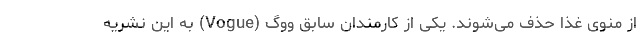
از منوی غذا حذف می‌شوند. یکی از کارمندان سابق ووگ (Vogue) به این نشریه